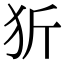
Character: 㹞